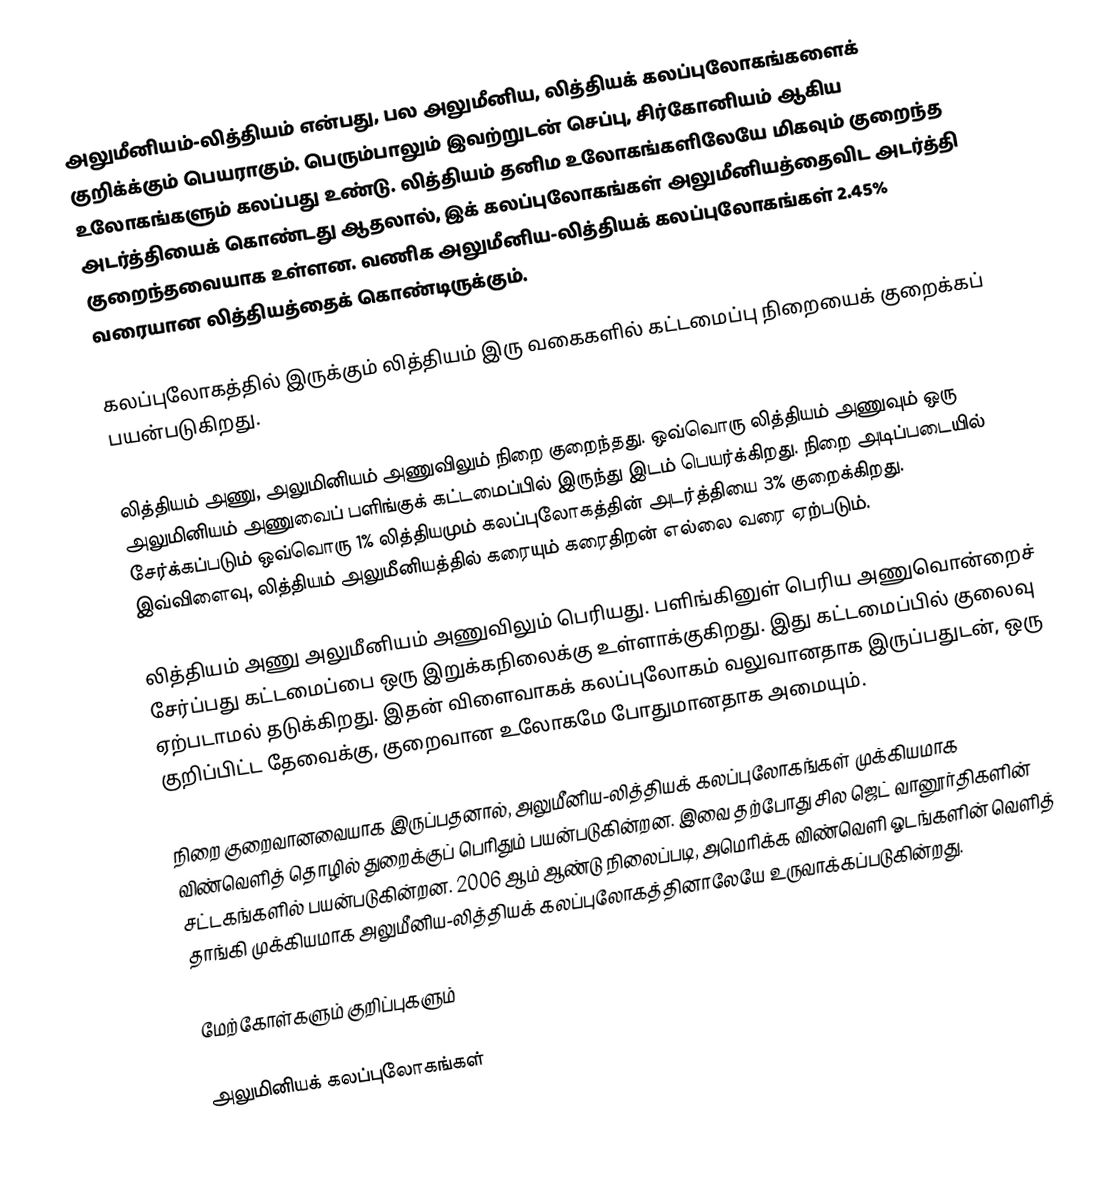
அலுமீனியம்-லித்தியம் என்பது, பல அலுமீனிய, லித்தியக் கலப்புலோகங்களைக் குறிக்க்கும் பெயராகும். பெரும்பாலும் இவற்றுடன் செப்பு, சிர்கோனியம் ஆகிய உலோகங்களும் கலப்பது உண்டு. லித்தியம் தனிம உலோகங்களிலேயே மிகவும் குறைந்த அடர்த்தியைக் கொண்டது ஆதலால், இக் கலப்புலோகங்கள் அலுமீனியத்தைவிட அடர்த்தி குறைந்தவையாக உள்ளன. வணிக அலுமீனிய-லித்தியக் கலப்புலோகங்கள் 2.45% வரையான லித்தியத்தைக் கொண்டிருக்கும்.

கலப்புலோகத்தில் இருக்கும் லித்தியம் இரு வகைகளில் கட்டமைப்பு நிறையைக் குறைக்கப் பயன்படுகிறது.

 லித்தியம் அணு, அலுமினியம் அணுவிலும் நிறை குறைந்தது. ஒவ்வொரு லித்தியம் அணுவும் ஒரு அலுமினியம் அணுவைப் பளிங்குக் கட்டமைப்பில் இருந்து இடம் பெயர்க்கிறது. நிறை அடிப்படையில் சேர்க்கப்படும் ஒவ்வொரு 1% லித்தியமும் கலப்புலோகத்தின் அடர்த்தியை 3% குறைக்கிறது. இவ்விளைவு, லித்தியம் அலுமீனியத்தில் கரையும் கரைதிறன் எல்லை வரை ஏற்படும்.

 லித்தியம் அணு அலுமீனியம் அணுவிலும் பெரியது. பளிங்கினுள் பெரிய அணுவொன்றைச் சேர்ப்பது கட்டமைப்பை ஒரு இறுக்கநிலைக்கு உள்ளாக்குகிறது. இது கட்டமைப்பில் குலைவு ஏற்படாமல் தடுக்கிறது. இதன் விளைவாகக் கலப்புலோகம் வலுவானதாக இருப்பதுடன், ஒரு குறிப்பிட்ட தேவைக்கு, குறைவான உலோகமே போதுமானதாக அமையும்.

நிறை குறைவானவையாக இருப்பதனால், அலுமீனிய-லித்தியக் கலப்புலோகங்கள் முக்கியமாக விண்வெளித் தொழில் துறைக்குப் பெரிதும் பயன்படுகின்றன. இவை தற்போது சில ஜெட் வானூர்திகளின் சட்டகங்களில் பயன்படுகின்றன. 2006 ஆம் ஆண்டு நிலைப்படி, அமெரிக்க விண்வெளி ஓடங்களின் வெளித் தாங்கி முக்கியமாக அலுமீனிய-லித்தியக் கலப்புலோகத்தினாலேயே உருவாக்கப்படுகின்றது.

மேற்கோள்களும் குறிப்புகளும்

அலுமினியக் கலப்புலோகங்கள்